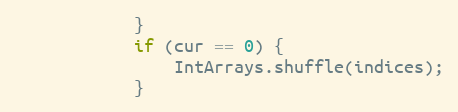
Language: Java
            }
            if (cur == 0) {
                IntArrays.shuffle(indices);
            }